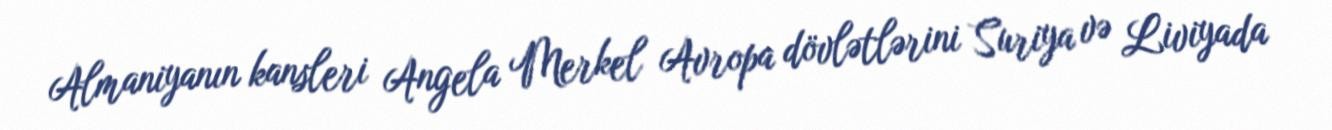
Almaniyanın kansleri Angela Merkel Avropa dövlətlərini Suriya və Liviyada